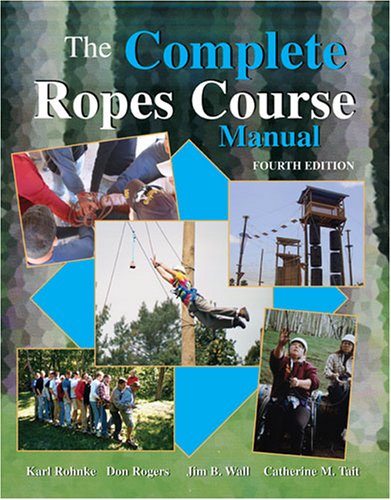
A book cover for The Complete Ropes Course Manual; Karl E Rohnke; Crafts, Hobbies & Home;